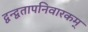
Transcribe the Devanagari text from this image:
द्वन्द्वतापनिवारकम्